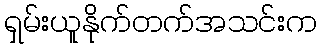
ရှမ်းယူနိုက်တက်အသင်းက